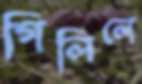
গিলিলে